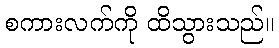
စကားလက်ကို ထိသွားသည်။